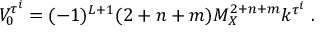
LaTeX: V _ { 0 } ^ { \tau ^ { i } } = ( - 1 ) ^ { L + 1 } ( 2 + n + m ) M _ { X } ^ { 2 + n + m } k ^ { \tau ^ { i } } ~ . ~ \,